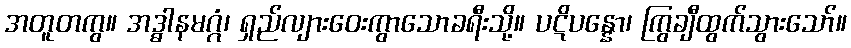
အတူတကွ။ အဒ္ဓါနမဂ္ဂံ၊ ရှည်လျားဝေးကွာသောခရီးသို့။ ပဋိပန္နော၊ ကြွချီထွက်သွားသော်။